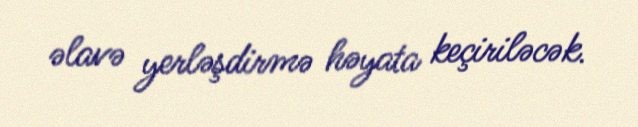
əlavə yerləşdirmə həyata keçiriləcək.